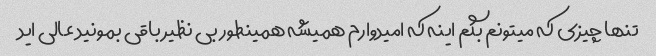
تنها چیزی که میتونم بگم اینه که امیدوارم همیشه همینطور بی نظیر باقی بمونید عالی اید